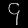
Digit: ၄